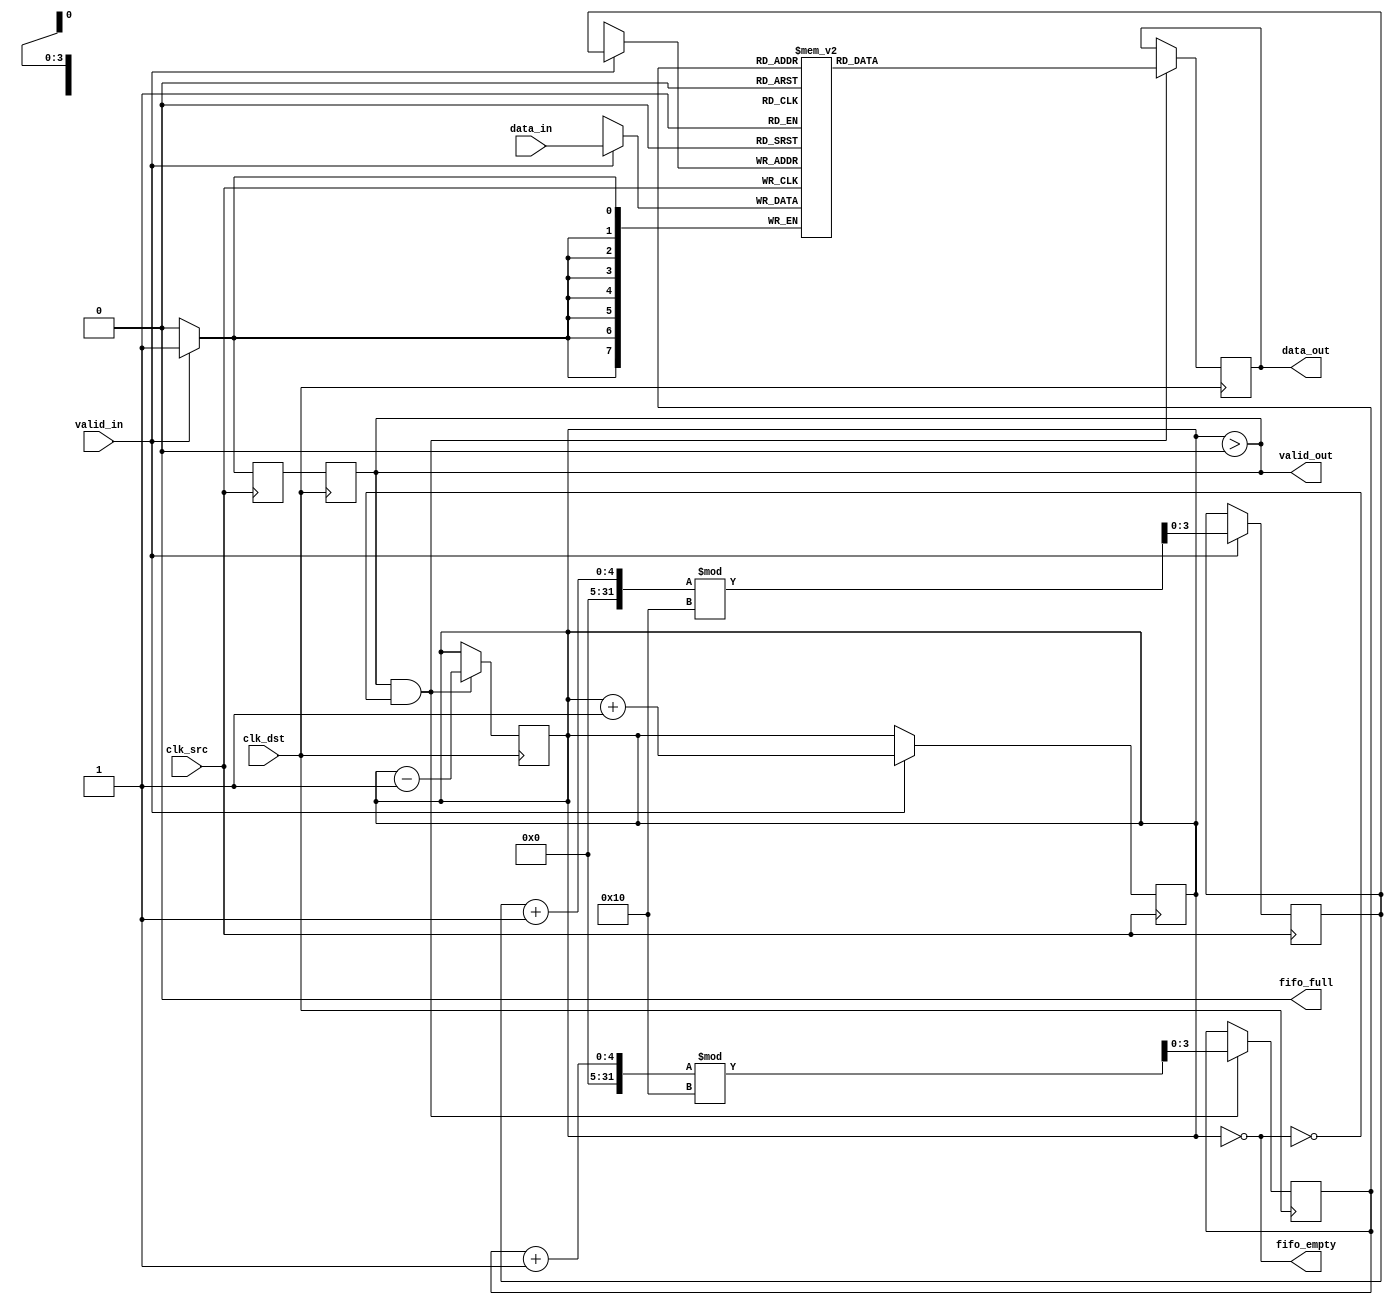
module burst_mode_synchronizer #(
    parameter DATA_WIDTH = 8,   // Width of data bus
    parameter FIFO_DEPTH = 16    // Depth of the FIFO buffer
)(
    input wire clk_src,          // Source Clock
    input wire clk_dst,          // Destination Clock
    input wire [DATA_WIDTH-1:0] data_in, // Data input from source
    input wire valid_in,         // Valid signal for incoming data
    output wire [DATA_WIDTH-1:0] data_out, // Data output to destination
    output wire valid_out,       // Valid signal for outgoing data
    output wire fifo_full,       // FIFO full status
    output wire fifo_empty       // FIFO empty status
);

// FIFO buffer declaration
reg [DATA_WIDTH-1:0] fifo [0:FIFO_DEPTH-1];
reg [3:0] write_ptr = 0; // Write pointer
reg [3:0] read_ptr = 0;  // Read pointer
reg [3:0] fifo_count = 0; // Number of items in FIFO

// Write control logic (clocked by source clock)
always @(posedge clk_src) begin
    if (valid_in && !fifo_full) begin
        fifo[write_ptr] <= data_in; // Write data to FIFO
        write_ptr <= (write_ptr + 1) % FIFO_DEPTH; // Increment write pointer
        fifo_count <= fifo_count + 1; // Increment count
    end
end

// Read control logic (clocked by destination clock)
always @(posedge clk_dst) begin
    if (valid_out && !fifo_empty) begin
        data_out <= fifo[read_ptr]; // Read data from FIFO
        read_ptr <= (read_ptr + 1) % FIFO_DEPTH; // Increment read pointer
        fifo_count <= fifo_count - 1; // Decrement count
    end
end

// Synchronization logic for valid signal
reg valid_sync;
reg valid_out_reg;

// Synchronizing the valid signal from source domain to destination domain
always @(posedge clk_src) begin
    if (valid_in) begin
        valid_sync <= 1'b1;
    end else begin
        valid_sync <= 1'b0;
    end
end

always @(posedge clk_dst) begin
    valid_out_reg <= valid_sync;
end

assign valid_out = valid_out_reg;

// FIFO status signals
assign fifo_full = (fifo_count == FIFO_DEPTH);
assign fifo_empty = (fifo_count == 0);

// Data valid signal
assign valid_out = (fifo_count > 0);

endmodule